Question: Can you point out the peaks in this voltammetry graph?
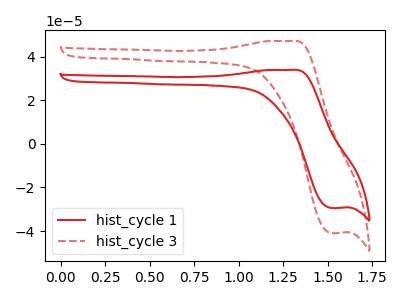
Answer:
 <answer>The red curve "hist_cycle 1" has an anodic peak at (1.30V, 33.90uA) and a cathodic peak at (1.55V, -29.40uA). The red dashed curve "hist_cycle 3" has an anodic peak at (1.30V, 47.15uA) and a cathodic peak at (1.55V, -40.90uA).</answer>
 <eval></eval>